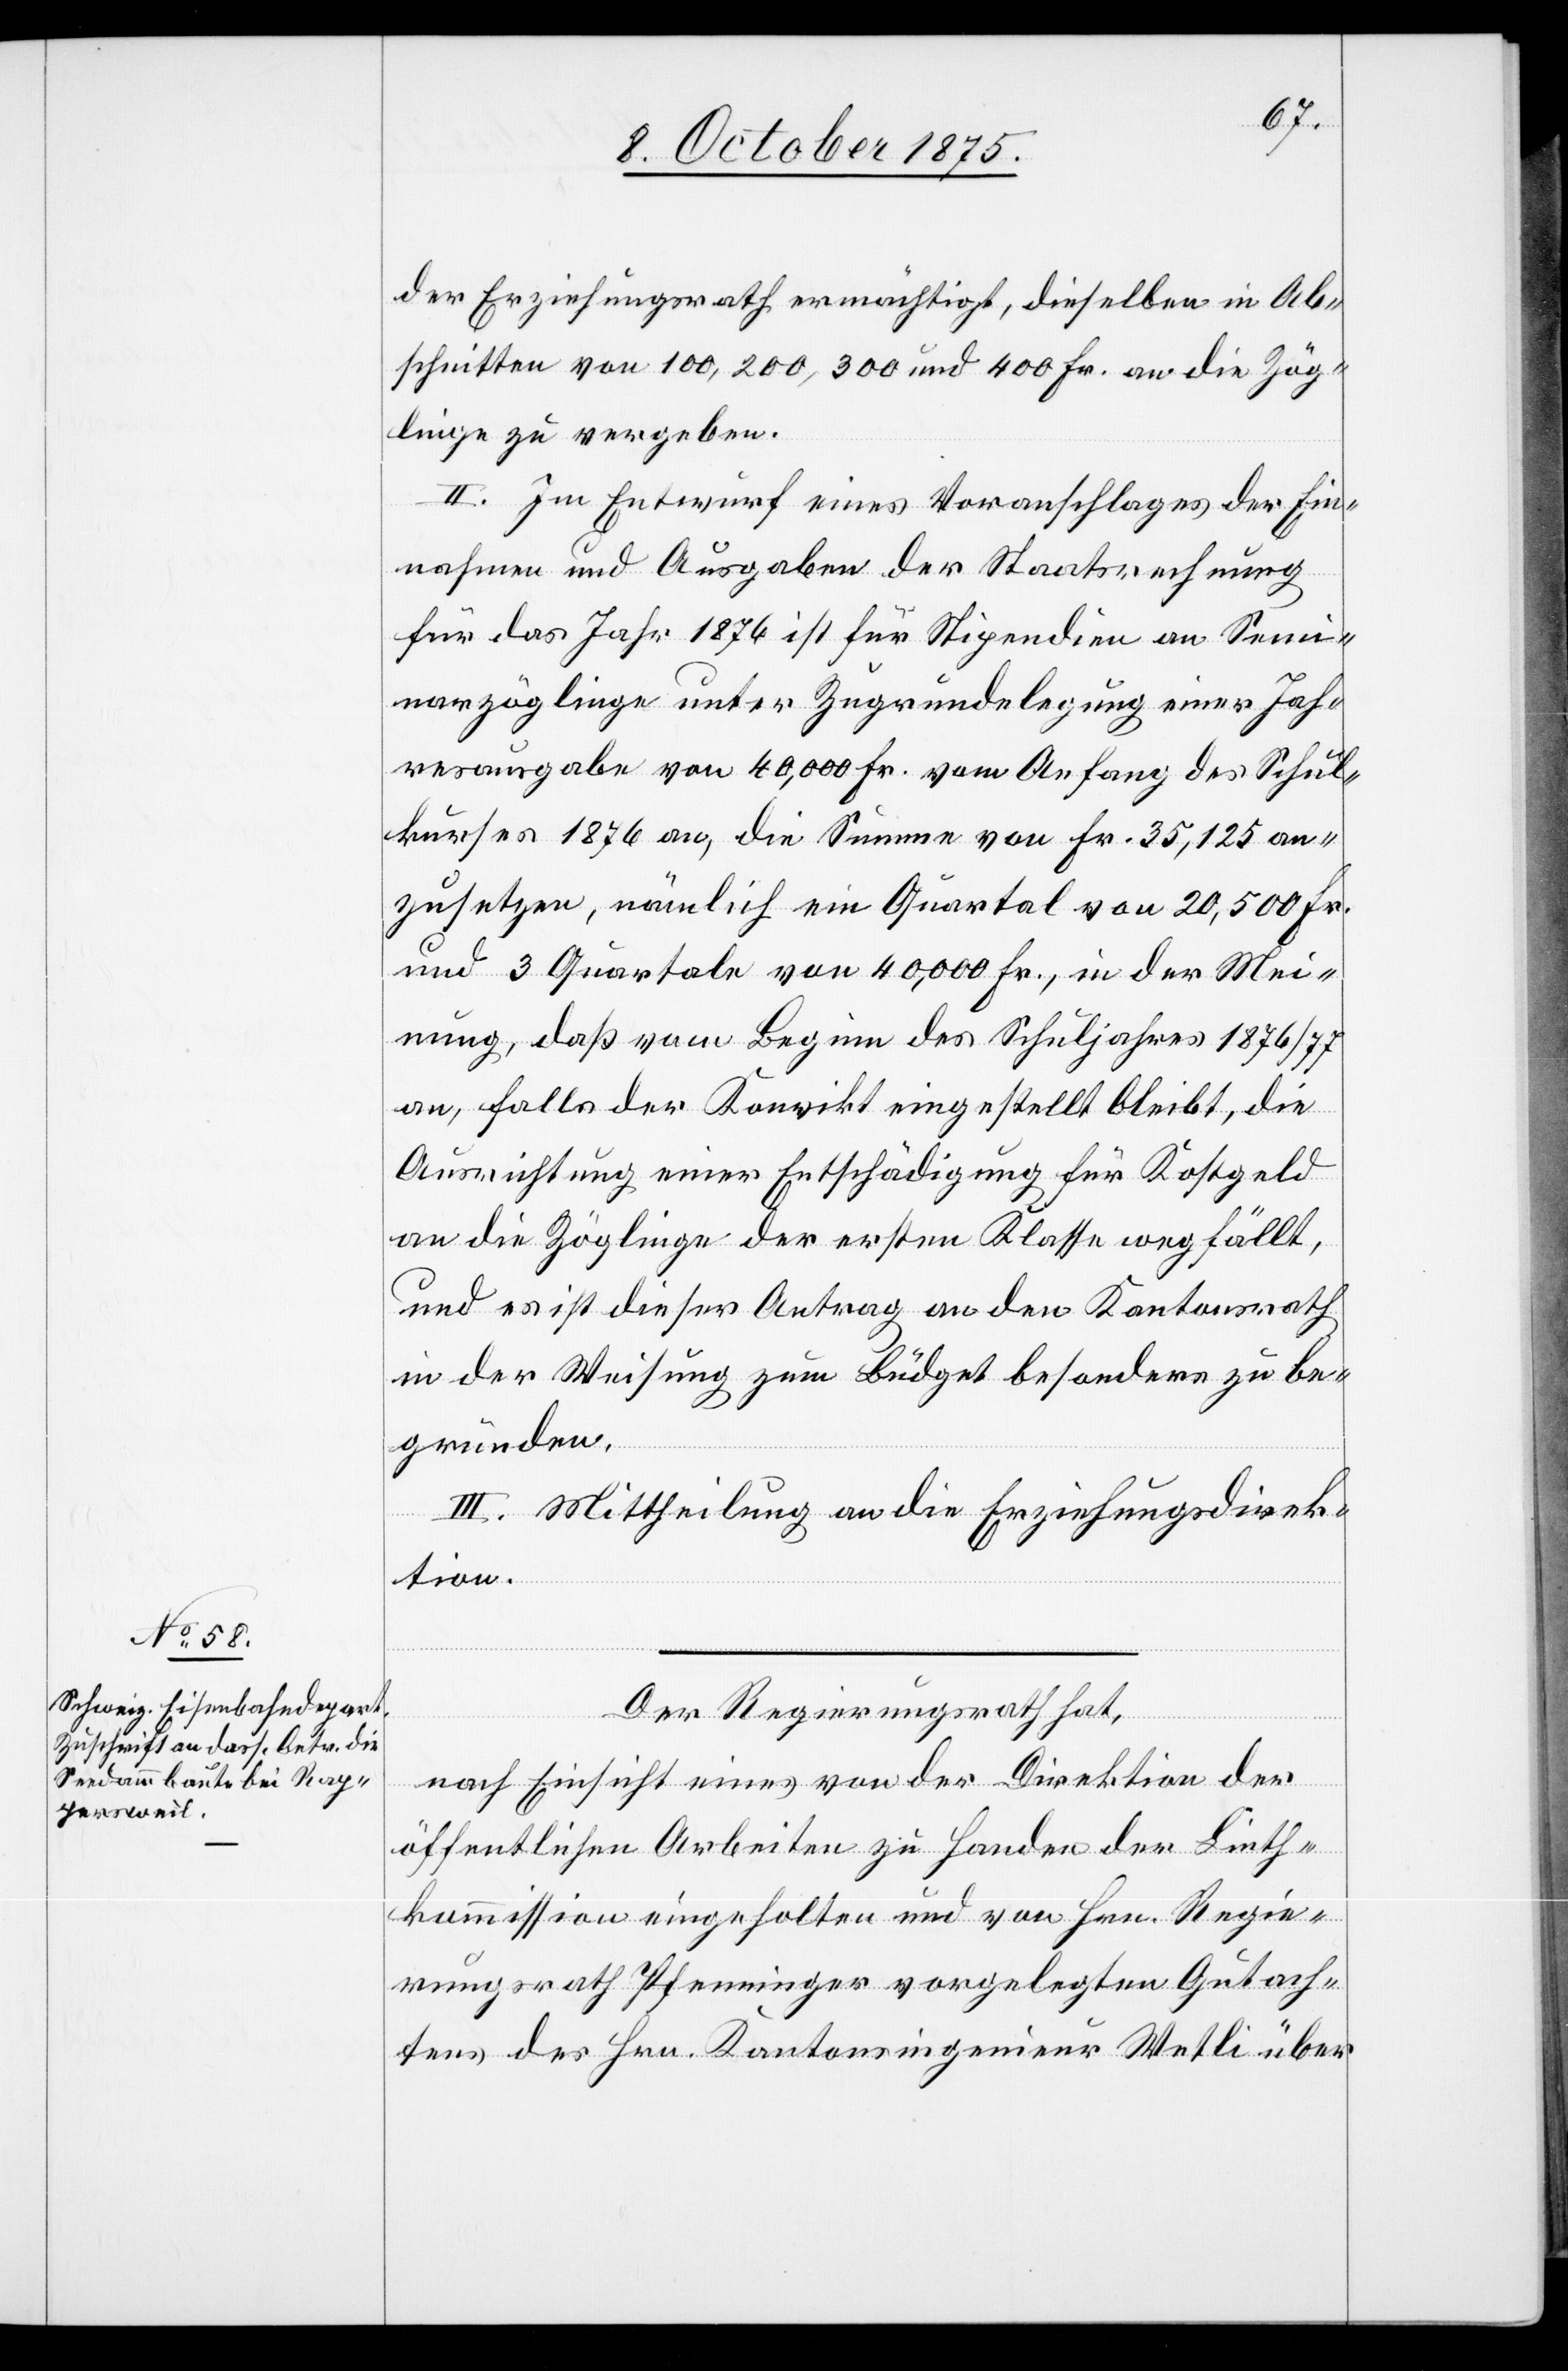
der Erziehungsrath ermächtigt, dieselben in Ab¬
schnitten von 100, 200, 300 und 400 Fr. an die Zög¬
linge zu vergeben.
II. Im Entwurf eines Voranschlages der Ein¬
nahmen und Ausgaben der Staatsrechnung
für das Jahr 1876 ist für Stipendien an Semi¬
narzöglinge unter Zugrundelegung einer Jah¬
resausgabe von 40,000 Fr. vom Anfang des Schul¬
kurses 1876 an, die Summe von Fr. 35,125 an¬
zusetzen, nämlich ein Quartal von 20,500 Fr.
und 3 Quartale von 40,000 Fr., in der Mei¬
nung, daß vom Beginn des Schuljahres 1876/77
an, falls der Konvikt eingestellt bleibt, die
Ausrichtung einer Entschädigung für Kostgeld
an die Zöglinge der ersten Klasse wegfällt,
und es ist dieser Antrag an den Kantonsrath
in der Weisung zum Büdget besonders zu be¬
gründen.
III. Mittheilung an die Erziehungsdirek¬
tion.
Der Regierungsrath hat,
nach Einsicht eines von der Direktion der
öffentlichen Arbeiten zu Handen der Linth¬
kommission eingeholten und von Hrn. Regie¬
rungsrath Pfenninger vorgelegten Gutach¬
tens des Hrn. Kantonsingenieurs Wetli über